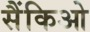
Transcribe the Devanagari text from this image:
सैंकिओ